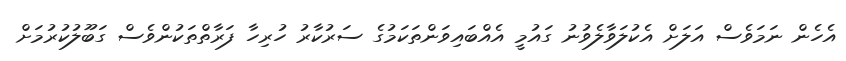
އެހެން ނަމަވެސް އަލަށް އެކުލަވާލެވުނު ގައުމީ އެއްބައިވަންތަކަމުގެ ސަރުކާރު ހުރިހާ ފަރާތްތަކުންވެސް ގަބޫލުކުރުމަށް